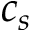
c _ { s }